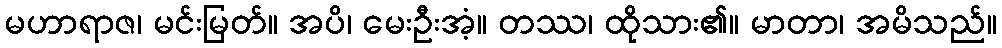
မဟာရာဇ၊ မင်းမြတ်။ အပိ၊ မေးဦးအံ့။ တဿ၊ ထိုသား၏။ မာတာ၊ အမိသည်။